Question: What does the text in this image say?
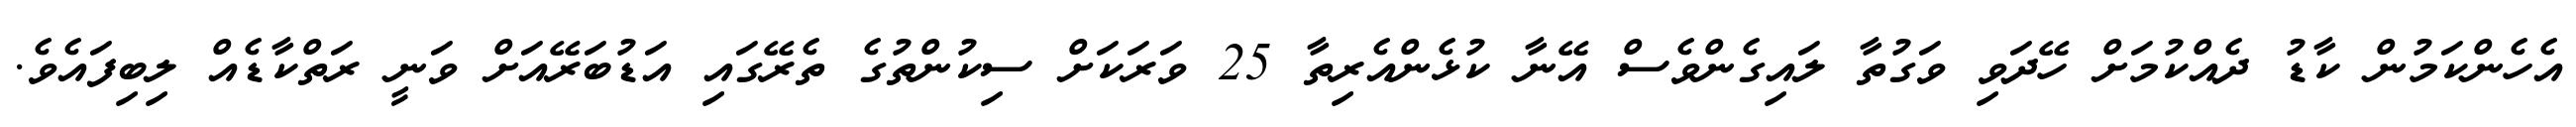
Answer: އެހެންކަމުން ކާޑު ދެއްކުމަށް ހޭދަވި ވަގުތާ ލައިގެންވެސް އޭނާ ކުޅެންއެރިތާ 25 ވަރަކަށް ސިކުންތުގެ ތެރޭގައި އަޑުބަރޭއަށް ވަނީ ރަތްކާޑެއް ލިބިފައެވެ.